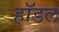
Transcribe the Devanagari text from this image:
हॉडल